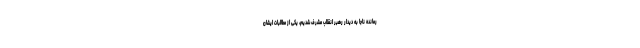
رمانده ناجا به دیدار رهبر انقلاب مشرف شدیم، یکی از مطالبات ایشان